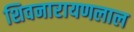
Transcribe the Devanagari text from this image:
शिवनारायणलाल